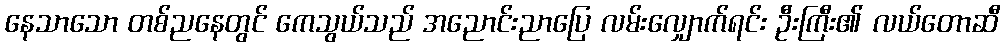
နေသာသော တစ်ညနေတွင် ကေသွယ်သည် အညောင်းညာပြေ လမ်းလျှောက်ရင်း ဦးကြီး၏ လယ်တောဆီ